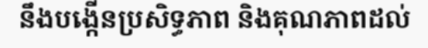
នឹងបង្កើនប្រសិទ្ធភាព និងគុណភាពដល់